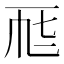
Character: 𠀣